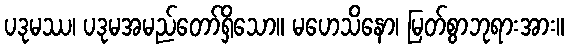
ပဒုမဿ၊ ပဒုမအမည်တော်ရှိသော။ မဟေသိနော၊ မြတ်စွာဘုရားအား။